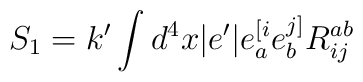
S_{1} = k'\int d^{4}x\vert e'\vert e^{[i}_{a}e^{j]}_{b}R^{ab}_{ij}